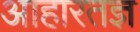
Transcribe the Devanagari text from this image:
आहारतज्ञ